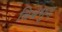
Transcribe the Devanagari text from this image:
विश्वभुज्‌